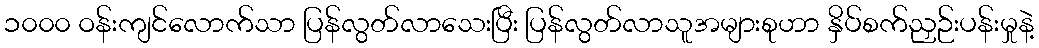
၁၀၀၀ ဝန်းကျင်လောက်သာ ပြန်လွတ်လာသေးပြီး ပြန်လွတ်လာသူအများစုဟာ နှိပ်စက်ညှဉ်းပန်းမှုနဲ့